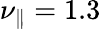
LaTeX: \nu_{\parallel}=1.3